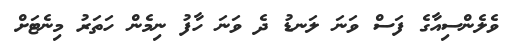
ވެލެންސިއާގެ ފަސް ވަނަ ލަނޑު ދެ ވަނަ ހާފު ނިމެން ހަތަރު މިނެޓަށް